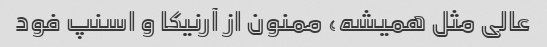
عالی مثل همیشه، ممنون از آرنیکا و اسنپ فود